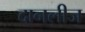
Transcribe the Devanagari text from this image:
दानलीज